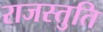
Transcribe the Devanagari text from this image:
राजस्तुति